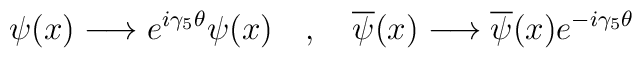
\psi(x)\longrightarrow e^{i\gamma_{5}\theta}\psi(x)\quad ,\quad \overline{\psi}(x)\longrightarrow \overline{\psi}(x) e^{-i\gamma_{5}\theta}